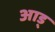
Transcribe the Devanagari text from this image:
आड्